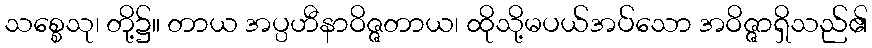
သစ္စေသု၊ တို့၌။ တာယ အပ္ပဟီနာဝိဇ္ဇတာယ၊ ထိုသို့မပယ်အပ်သော အဝိဇ္ဇာရှိသည်၏